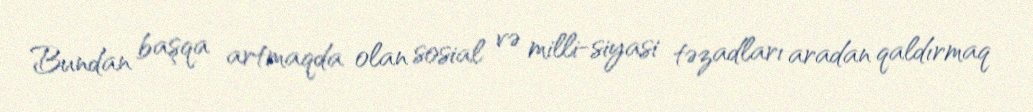
Bundan başqa artmaqda olan sosial və milli-siyasi təzadları aradan qaldırmaq